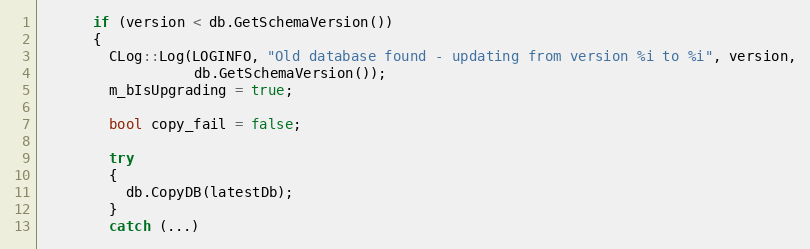
Language: C++
      if (version < db.GetSchemaVersion())
      {
        CLog::Log(LOGINFO, "Old database found - updating from version %i to %i", version,
                  db.GetSchemaVersion());
        m_bIsUpgrading = true;

        bool copy_fail = false;

        try
        {
          db.CopyDB(latestDb);
        }
        catch (...)